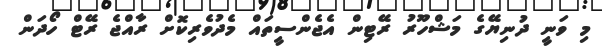
މި ވަނީ ދުނިޔޭގެ މަޝްހޫރު ރޭޓިން އެޖެންސީތައް މެދުވެރިކޮށް ރާއްޖެ ރޭޓް ހޯދަން